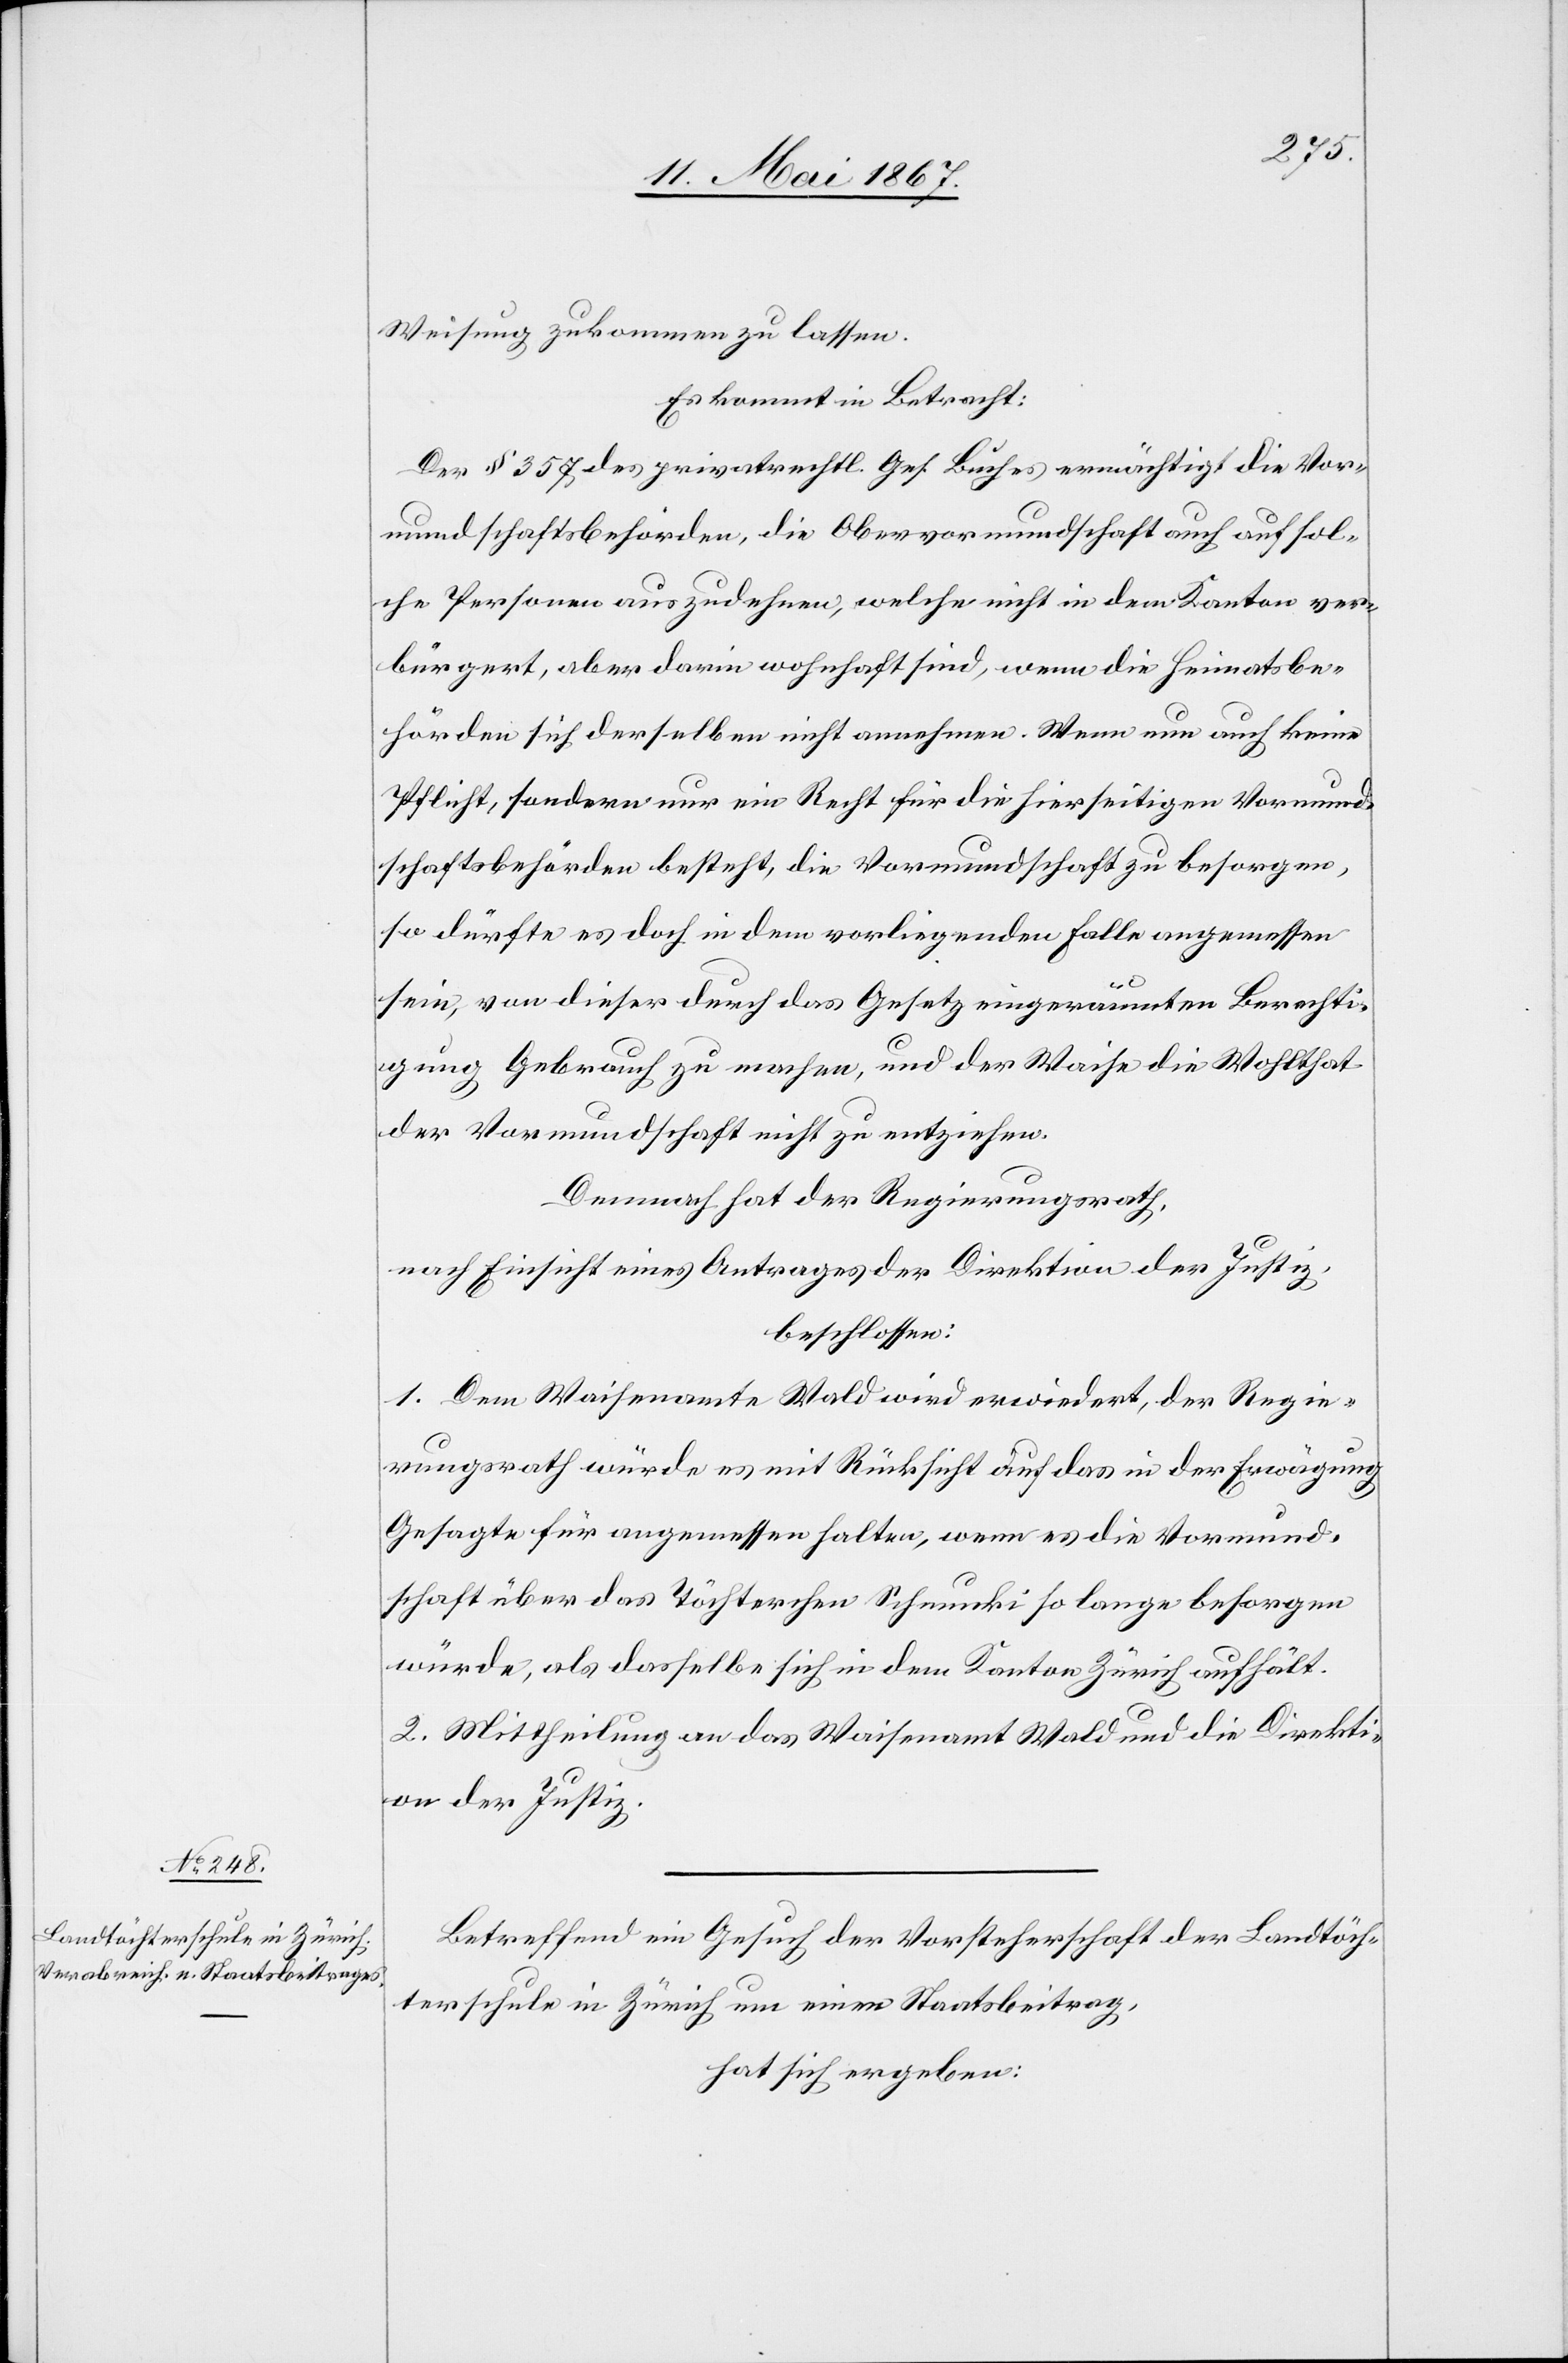
Weisung zukommen zu lassen.
Es kommt in Betracht:
Der § 357 des privatrechtl. Ges. Buches ermächtigt die Vor¬
mundschaftsbehörden, die Obervormundschaft auch auf sol¬
che Personen auszudehnen, welche nicht in dem Kanton ver¬
bürgert, aber darin wohnhaft sind, wenn die Heimatsbe¬
hörden sich derselben nicht annehmen. Wenn nun auch keine
Pflicht, sondern nur ein Recht für die hierseitigen Vormund¬
schaftsbehörden besteht, die Vormundschaft zu besorgen,
so dürfte es doch in dem vorliegenden Falle angemessen
sein, von dieser durch das Gesetz eingeräumten Berechti¬
gung Gebrauch zu machen, und der Waise die Wohlthat
der Vormundschaft nicht zu entziehen.
Demnach hat der Regierungsrath,
nach Einsicht eines Antrages der Direktion der Justiz,
beschlossen:
1. Dem Waisenamte Wald wird erwiedert, der Regie¬
rungsrath würde es mit Rücksicht auf das in der Erwägung
Gesagte für angemessen halten, wenn es die Vormund¬
schaft über das Töchterchen Schmucki so lange besorgen
würde, als dasselbe sich in dem Kanton Zürich aufhält.
2. Mittheilung an das Waisenamt Wald und die Direkti¬
on der Justiz.
Betreffend ein Gesuch der Vorsteherschaft der Landtöch¬
terschule in Zürich um einen Staatsbeitrag,
hat sich ergeben: